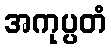
အကုပ္ပတံ